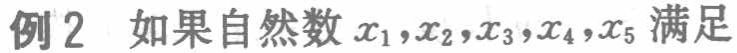
例2 如果自然数\(x_{1},x_{2},x_{3},x_{4},x_{5}\)满足